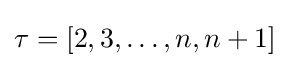
\tau =[2,3,\ldots ,n,n+1]